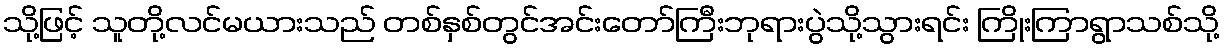
သို့ဖြင့် သူတို့လင်မယားသည် တစ်နှစ်တွင်အင်းတော်ကြီးဘုရားပွဲသို့သွားရင်း ကြိုးကြာရွာသစ်သို့